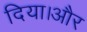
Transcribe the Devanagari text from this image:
दिया।और